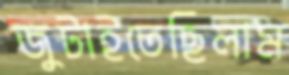
জুটাইতেছিলাম